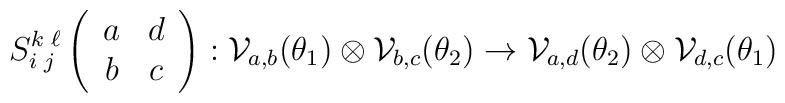
S^{k \; \ell}_{i \; j} \left(\begin{array}{cc} a  & d   \\ b   & c   \end{array}\right) : {\cal V}_{a,b}( \theta_1 ) \otimes{\cal V}_{b,c}(\theta_2) \rightarrow{\cal V}_{a,d}( \theta_2 ) \otimes{\cal V}_{d,c}(\theta_1)